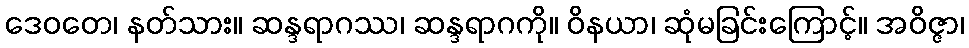
ဒေဝတေ၊ နတ်သား။ ဆန္ဒရာဂဿ၊ ဆန္ဒရာဂကို။ ဝိနယာ၊ ဆုံမခြင်းကြောင့်။ အဝိဇ္ဇာ၊